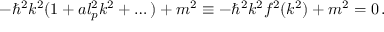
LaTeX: - \hbar ^ { 2 } k ^ { 2 } ( 1 + a l _ { p } ^ { 2 } k ^ { 2 } + \dots ) + m ^ { 2 } \equiv - \hbar ^ { 2 } k ^ { 2 } f ^ { 2 } ( k ^ { 2 } ) + m ^ { 2 } = 0 \, .